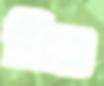
নিশু